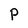
Character: p